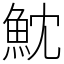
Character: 魫